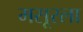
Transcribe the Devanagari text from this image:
मसूरला